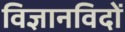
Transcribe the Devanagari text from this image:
विज्ञानविदों